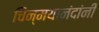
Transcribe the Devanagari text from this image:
चिन्मयानंदांनी